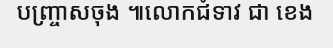
បញ្ច្រាសចុង ៕លោកជំទាវ ជា ខេង